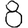
Digit: 8